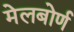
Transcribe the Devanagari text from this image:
मेलबोर्ण